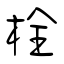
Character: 栓